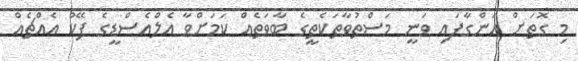
މި ގޮތަށް އަންގާފައި ވަނީ މަސްތުވާތަކެތީގެ ބާވަތެއް ކަމަށްވާ އެލްއެސްޑީގެ ފޭކު އެއްޗެއް